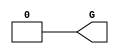
module GND(G);

    output G;

	assign G = 1'b0;

endmodule